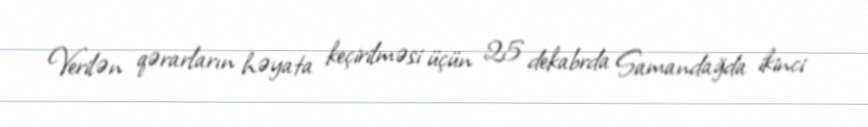
Verilən qərarların həyata keçirilməsi üçün 25 dekabrda Samandağda ikinci